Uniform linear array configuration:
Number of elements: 32
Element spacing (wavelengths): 0.25
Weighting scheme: blackman
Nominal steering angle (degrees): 45
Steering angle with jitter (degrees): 44.866
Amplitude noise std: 0.05
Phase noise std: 0.05

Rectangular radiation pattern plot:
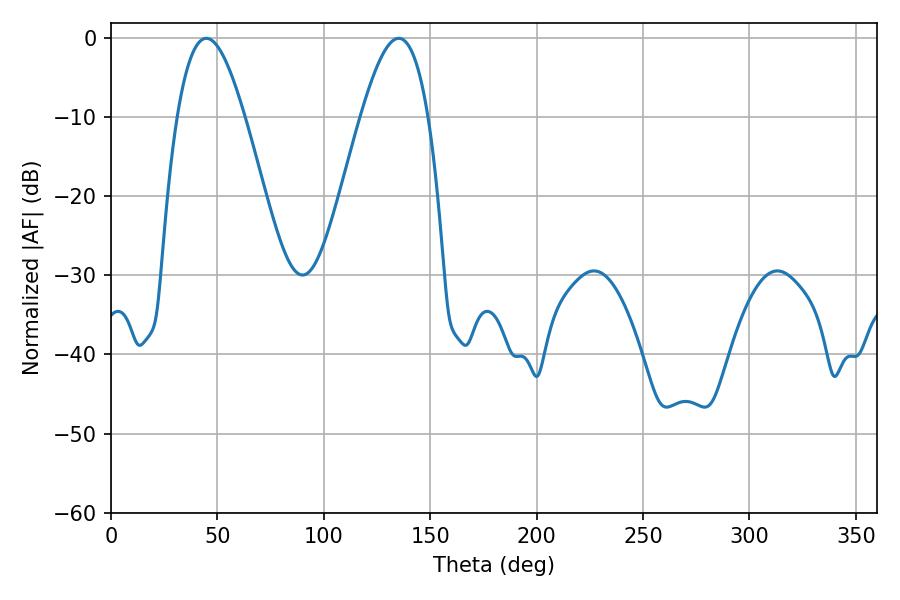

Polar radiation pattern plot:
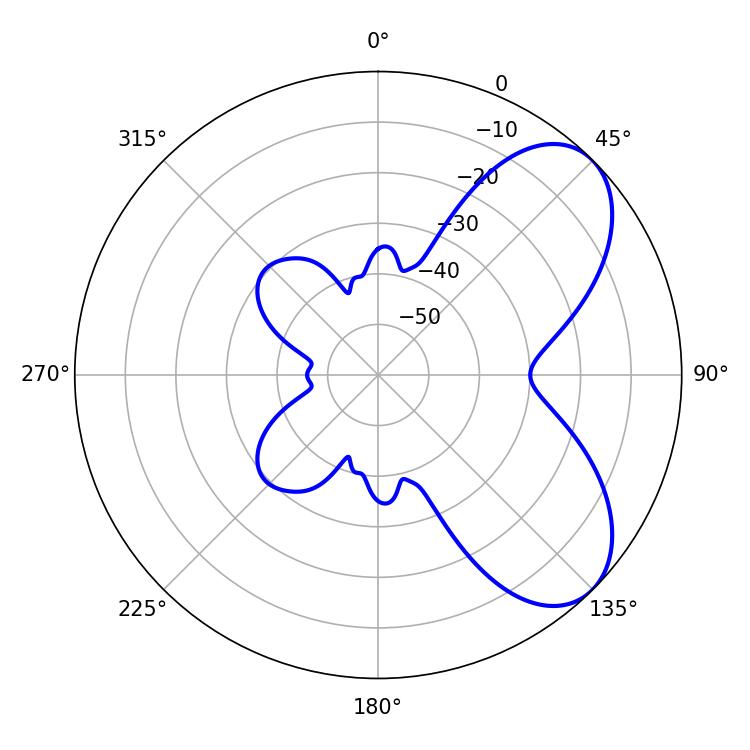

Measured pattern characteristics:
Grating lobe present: FALSE
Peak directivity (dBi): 6.333
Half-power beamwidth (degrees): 17.1
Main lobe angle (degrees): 44.82